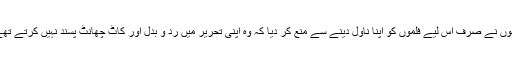
انھوں نے صرف اس لیے فلموں کو اپنا ناول دینے سے منع کر دیا کہ وہ اپنی تحریر میں رد و بدل اور کاٹ چھانٹ پسند نہیں کرتے تھے۔